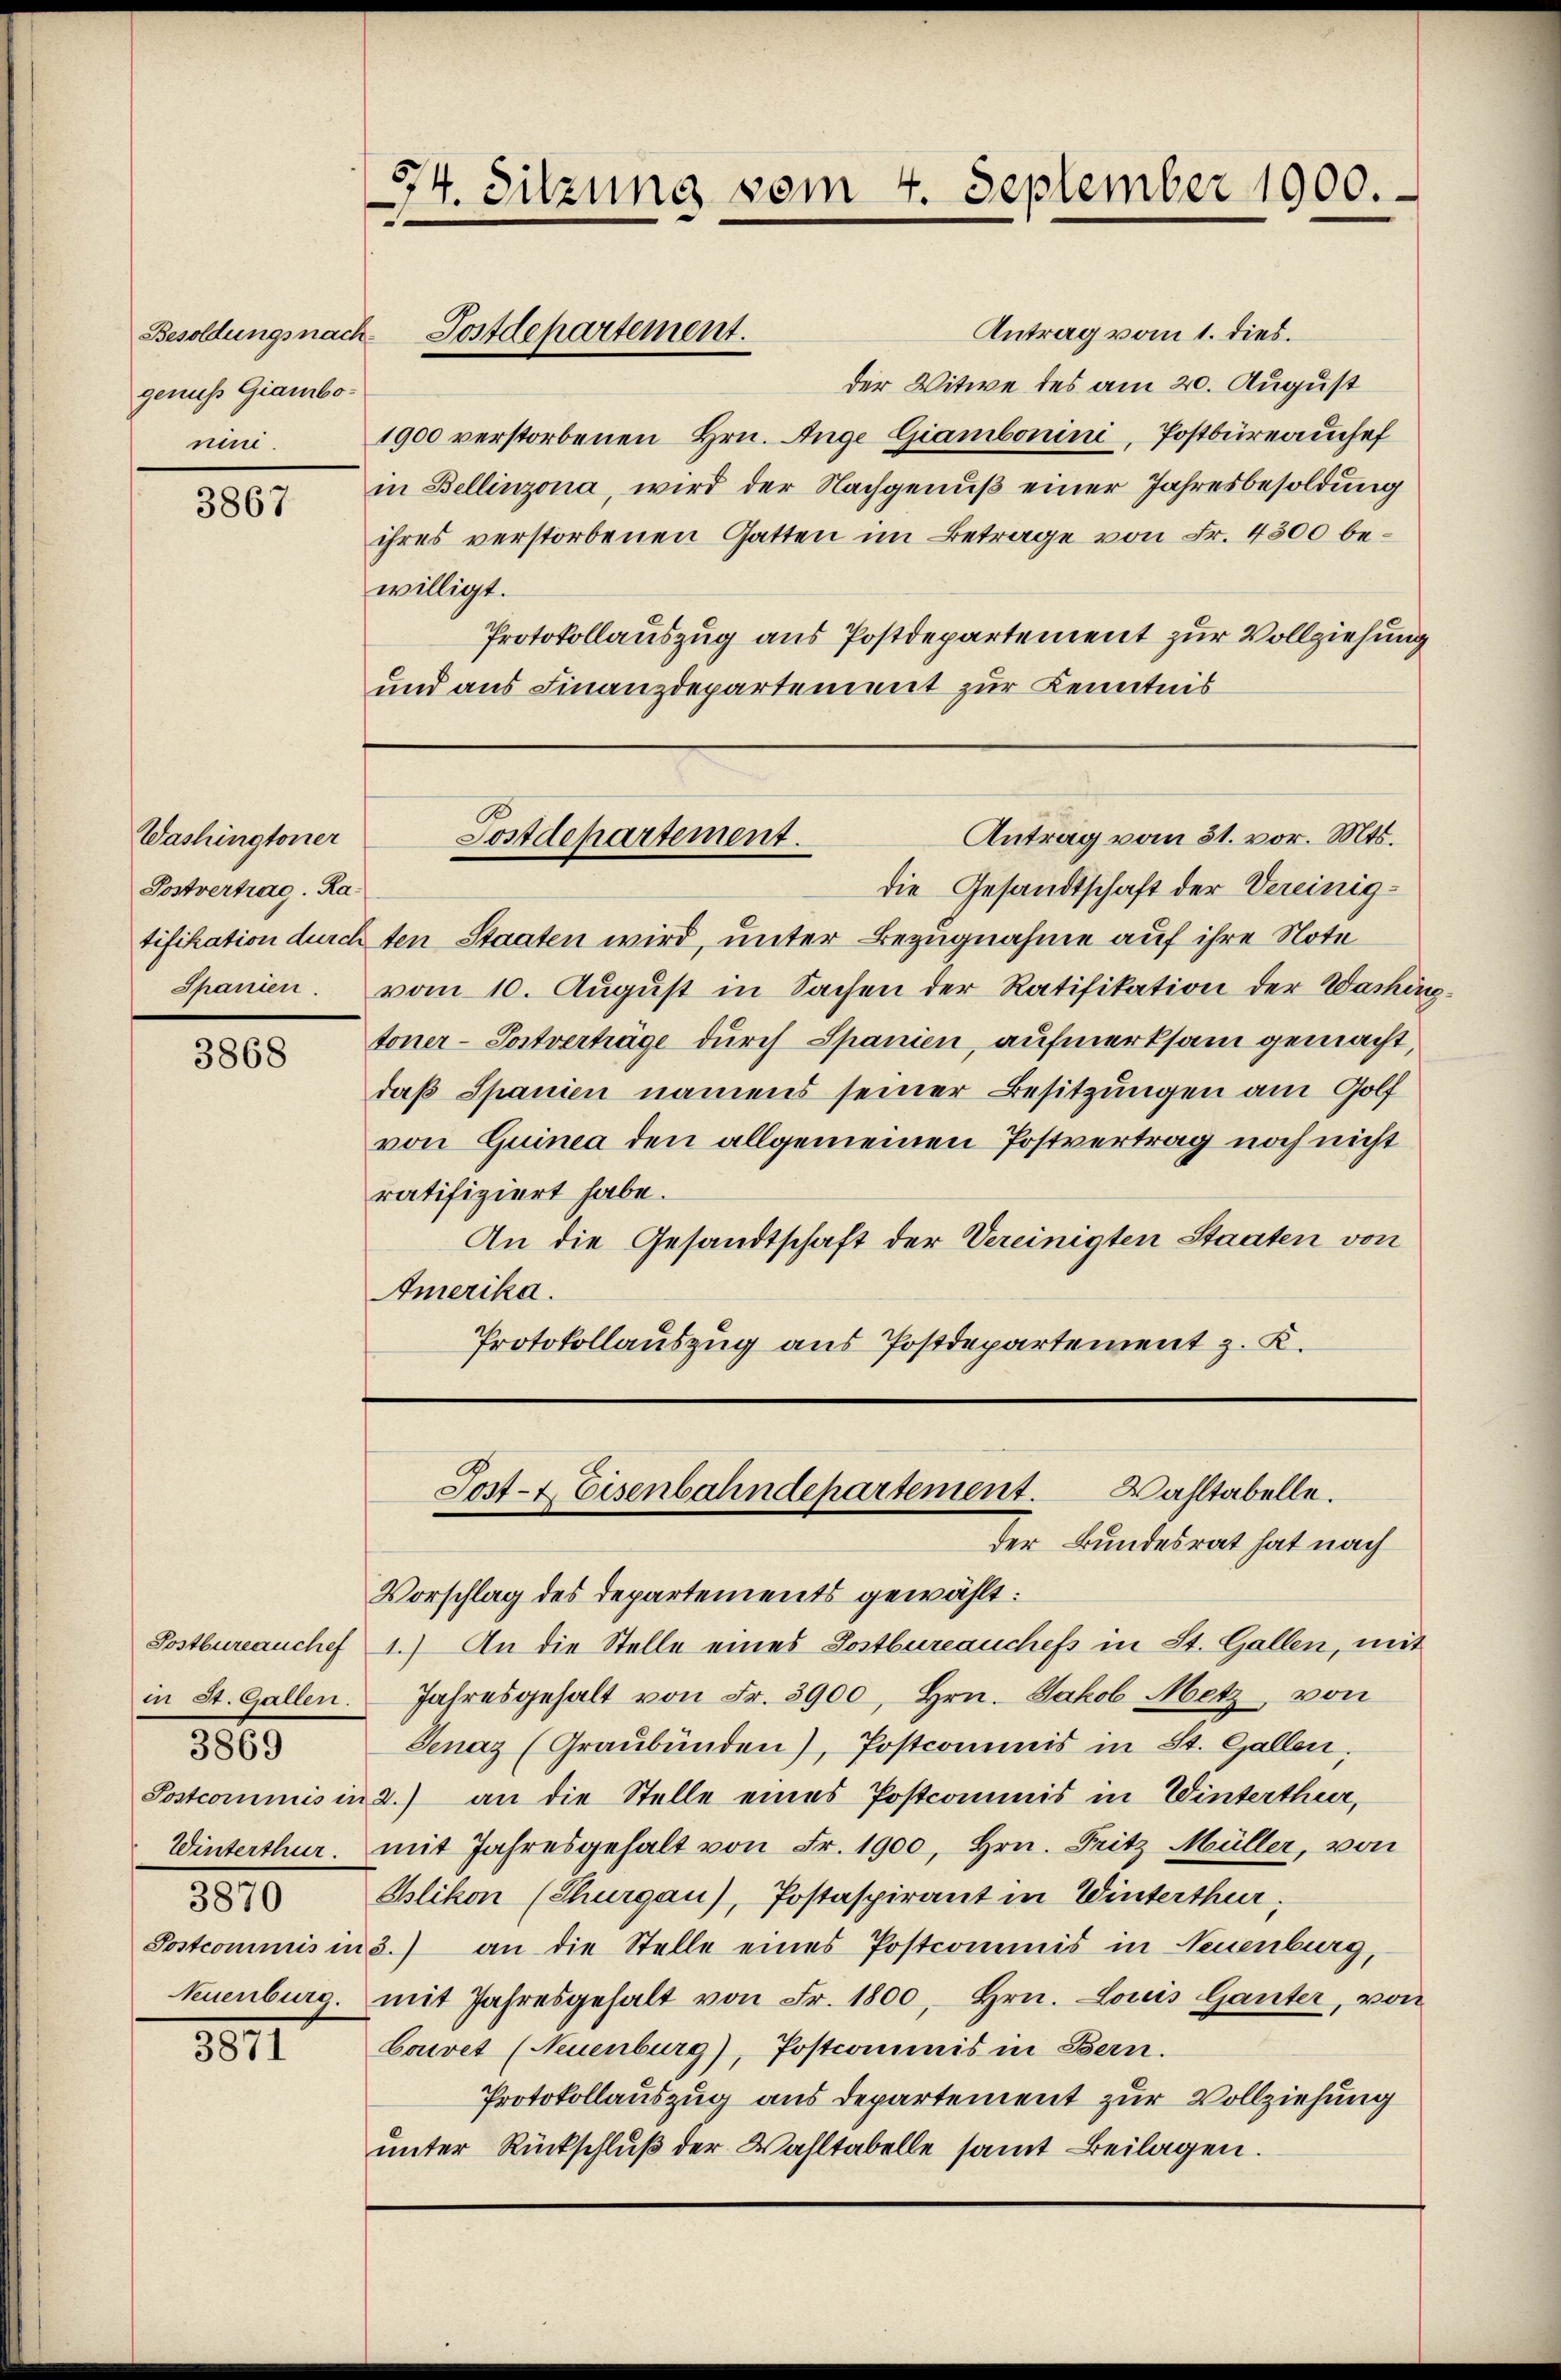
Besoldungsnachgenus Giambo-
nin.

3867

Washingtoner
Postvertrag. Ra¬
Granien

3868

3869

3811.

Antrag vom 1. dies.
der Witwe des am 20. August
1900 verstorbenen Hrn. Auge Giambonini, Postbüreauchef
in Bellinzona, wird der Nachgenuß einer Jahresbesoldung
ihres verstorbenen Gatten im Betrage von Fr. 4500 bewilligt.
Protokollauszug aus Postdepartement zur Vollziehung
und aus Finanzdepartement zur Kenntnis

74. Sitzung vom 4. September 1900.

die Gesandtschaft der Vereinigtifikation durchten Staaten wird, unter Bezugnahme auf ihre Note
vom 10. August in Sachen der Ratifikation der Washin
toner-Postverträge durch Spanien, aufmerksam gemacht,
daß Spanien namens seiner Besitzungen am Golf
von Guinea den allgemeinen Postvertrag noch nicht
ratifiziert habe.
An die Gesandtschaft der Vereinigten Staaten von
Amerika.
Protokollauszug aus Postdepartement z. K.

Postdepartement.

Antrag vom 31. vor. Mts.
Postdepartement.

Wahltabelle.
Sost- & Eisenbahndepartement.
der Bundesrat hat nach

Vorschlag des Departements gewählt:
Sostbureauchef 1.) An die Stelle eines Postbureauches in St. Gallen, mit
in St. Gallen. Jahresgehalt von Fr. 3900, Hrn. Jakob Metz, von
Genaz (Graubünden), Postcommis in St. Gallen,
Postcommis in 2.) an die Stelle eines Postcommis in Winterthur,
Winterthur mit Jahresgehalt von Fr. 1900, Hrn. Fritz Müller, von
Blikon (Thurgau), Postaspirant in Winterthur;
Postcommis in 3.) an die Stelle eines Postcommis in Neuenburg,
Neuenburg. mit Jahresgehalt von Fr. 1800, Hrn. Louis Ganter, von
Bairet (Neuenburg), Postcommis in Bern.
Protokollauszug aus Departement zur Vollziehung
unter Rückschluß der Wahltabelle samt Beilagen.

.